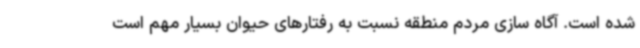
شده است. آگاه سازی مردم منطقه نسبت به رفتارهای حیوان بسیار مهم است